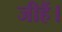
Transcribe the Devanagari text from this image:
जीहैं।